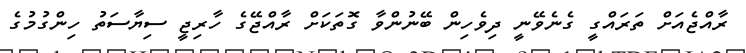
ރާއްޖެއަށް ތަރައްގީ ގެނެވޭނީ ދިވެހިން ބޭނުންވާ ގޮތަކަށް ރާއްޖޭގެ ހާރިޖީ ސިޔާސަތު ހިންގުމުގެ